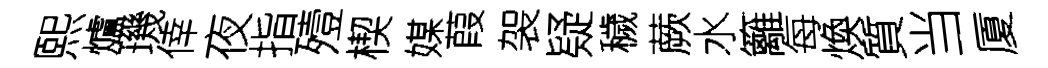
熙爐璣倖夜指殪楔媒葭袈疑穢蕨水籬每煥質当厦